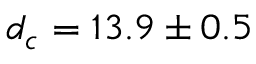
d _ { c } = 1 3 . 9 \pm 0 . 5